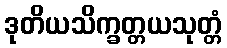
ဒုတိယသိက္ခတ္တယသုတ္တံ